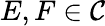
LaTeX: E,F\in{\mathcal{C}}